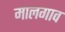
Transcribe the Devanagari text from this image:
मालगाव